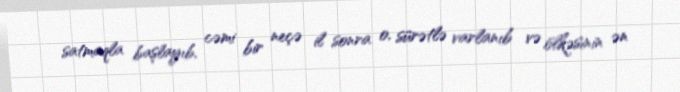
satmaqla başlayıb, cəmi bir neçə il sonra o, sürətlə varlanıb və ölkəsinin ən